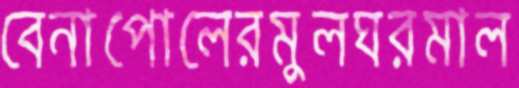
বেনাপোলেরমুলঘরমাল